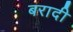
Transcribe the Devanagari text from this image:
बरादी